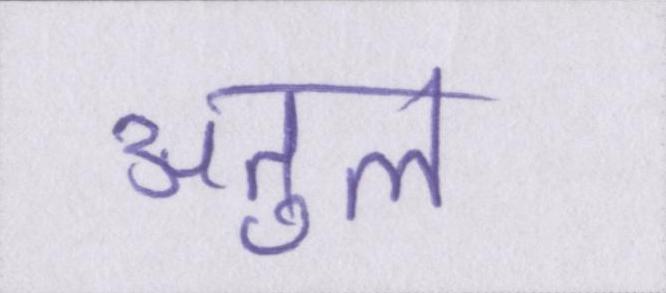
अतुल